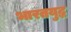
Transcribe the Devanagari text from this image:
भारतयुद्ध